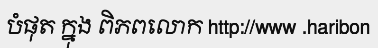
បំផុត ក្នុង ពិភពលោក http://www .haribon